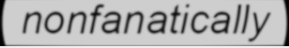
nonfanatically